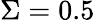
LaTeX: \Sigma=0.5